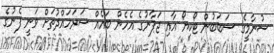
ސުނާމީގެ ސަބަބުން ޓޯކިޔޯ އާއި ޖަޕާނުގެ އެހެން ބައެއް ސަރަހައްދުތަށް ވަނީ ފެނުގެ